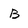
Character: B